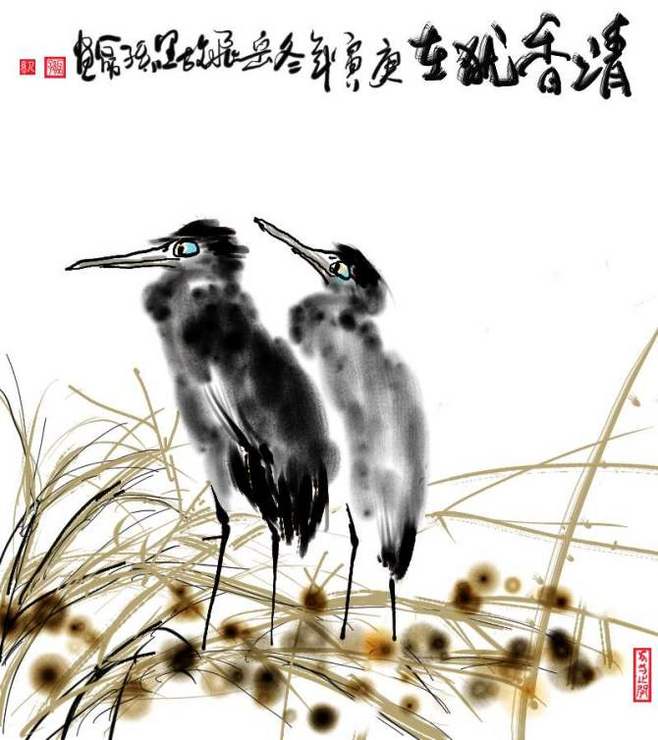
至鹭鸶林，则雪深泥滑，不得前矣。